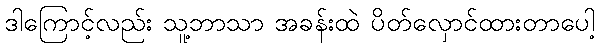
ဒါကြောင့်လည်း သူ့ဘာသာ အခန်းထဲ ပိတ်လှောင်ထားတာပေါ့